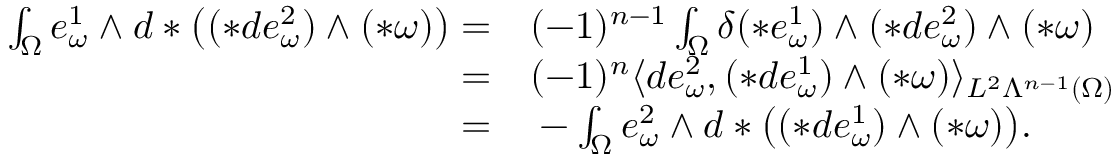
\begin{array} { r l } { \int _ { \Omega } e _ { \omega } ^ { 1 } \wedge d \ast \big ( ( \ast d e _ { \omega } ^ { 2 } ) \wedge ( \ast \omega ) \big ) = } & { { } ( - 1 ) ^ { n - 1 } \int _ { \Omega } \delta ( \ast e _ { \omega } ^ { 1 } ) \wedge ( \ast d e _ { \omega } ^ { 2 } ) \wedge ( \ast \omega ) } \\ { = } & { { } ( - 1 ) ^ { n } \langle d e _ { \omega } ^ { 2 } , ( \ast d e _ { \omega } ^ { 1 } ) \wedge ( \ast \omega ) \rangle _ { L ^ { 2 } \Lambda ^ { n - 1 } ( \Omega ) } } \\ { = } & { { } - \int _ { \Omega } e _ { \omega } ^ { 2 } \wedge d \ast \big ( ( \ast d e _ { \omega } ^ { 1 } ) \wedge ( \ast \omega ) \big ) . } \end{array}